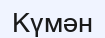
Күмән